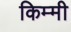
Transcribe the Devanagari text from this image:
किम्मी